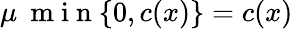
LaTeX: \mu\: \mathrm{~m~i~n~}\{ 0,c(x)\} =c(x)